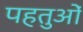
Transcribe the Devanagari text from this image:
पहतुओं